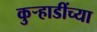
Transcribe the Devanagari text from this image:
कुऱ्हाडींच्या